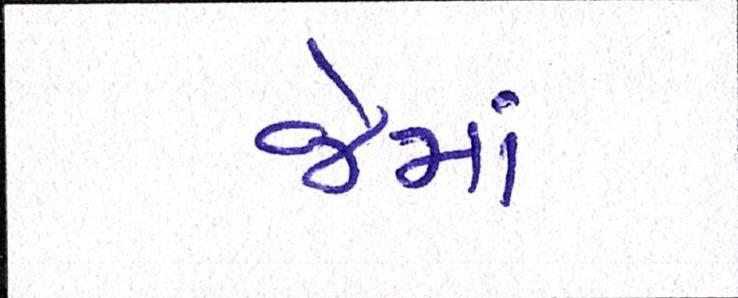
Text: જેમાં